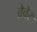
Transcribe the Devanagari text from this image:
ब्रेवेर